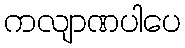
ကလျာဏပါပေ